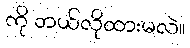
ကို ဘယ်လိုထားမလဲ။